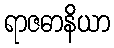
ရာဇဓာနိယာ